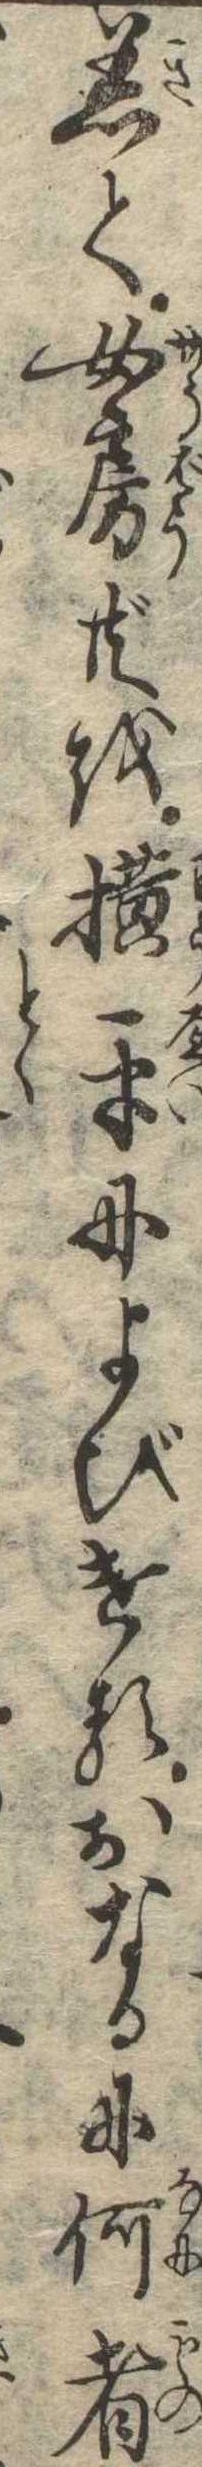
着て女房共を横平によびけるおなるに何者